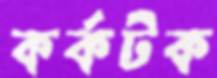
কর্কটক